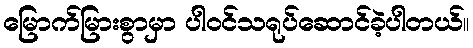
မြောက်မြားစွာမှာ ပါဝင်သရုပ်ဆောင်ခဲ့ပါတယ်။